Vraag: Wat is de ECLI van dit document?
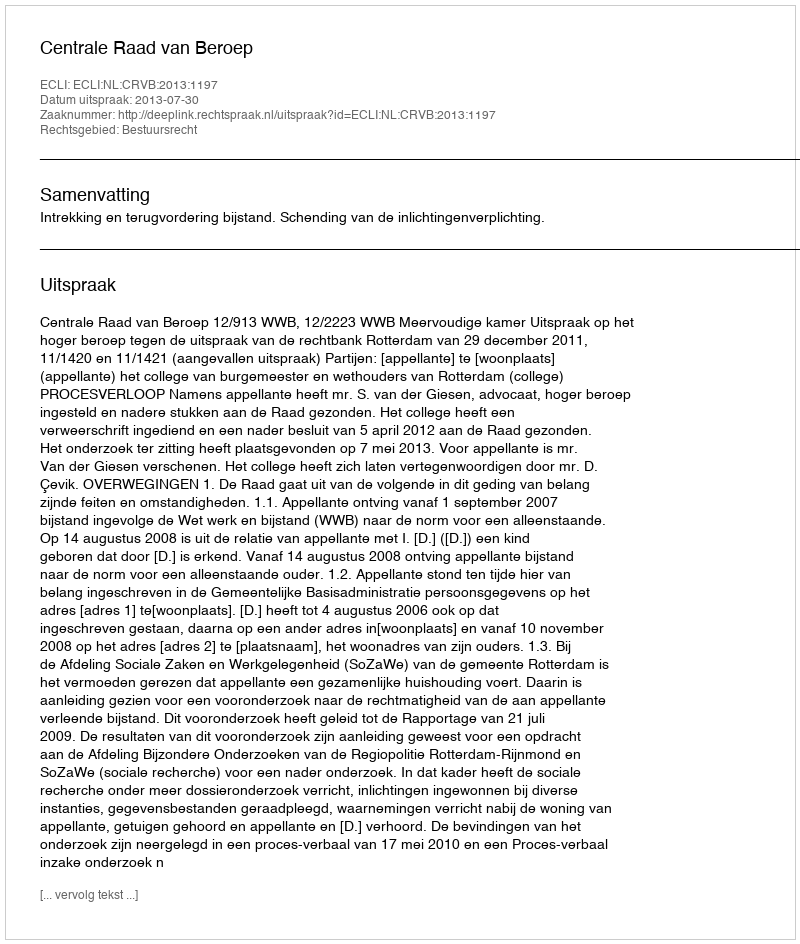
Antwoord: ECLI:NL:CRVB:2013:1197